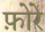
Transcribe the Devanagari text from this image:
फ़ोरे